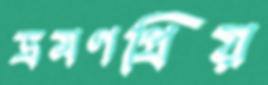
ভ্রমণপ্রিয়